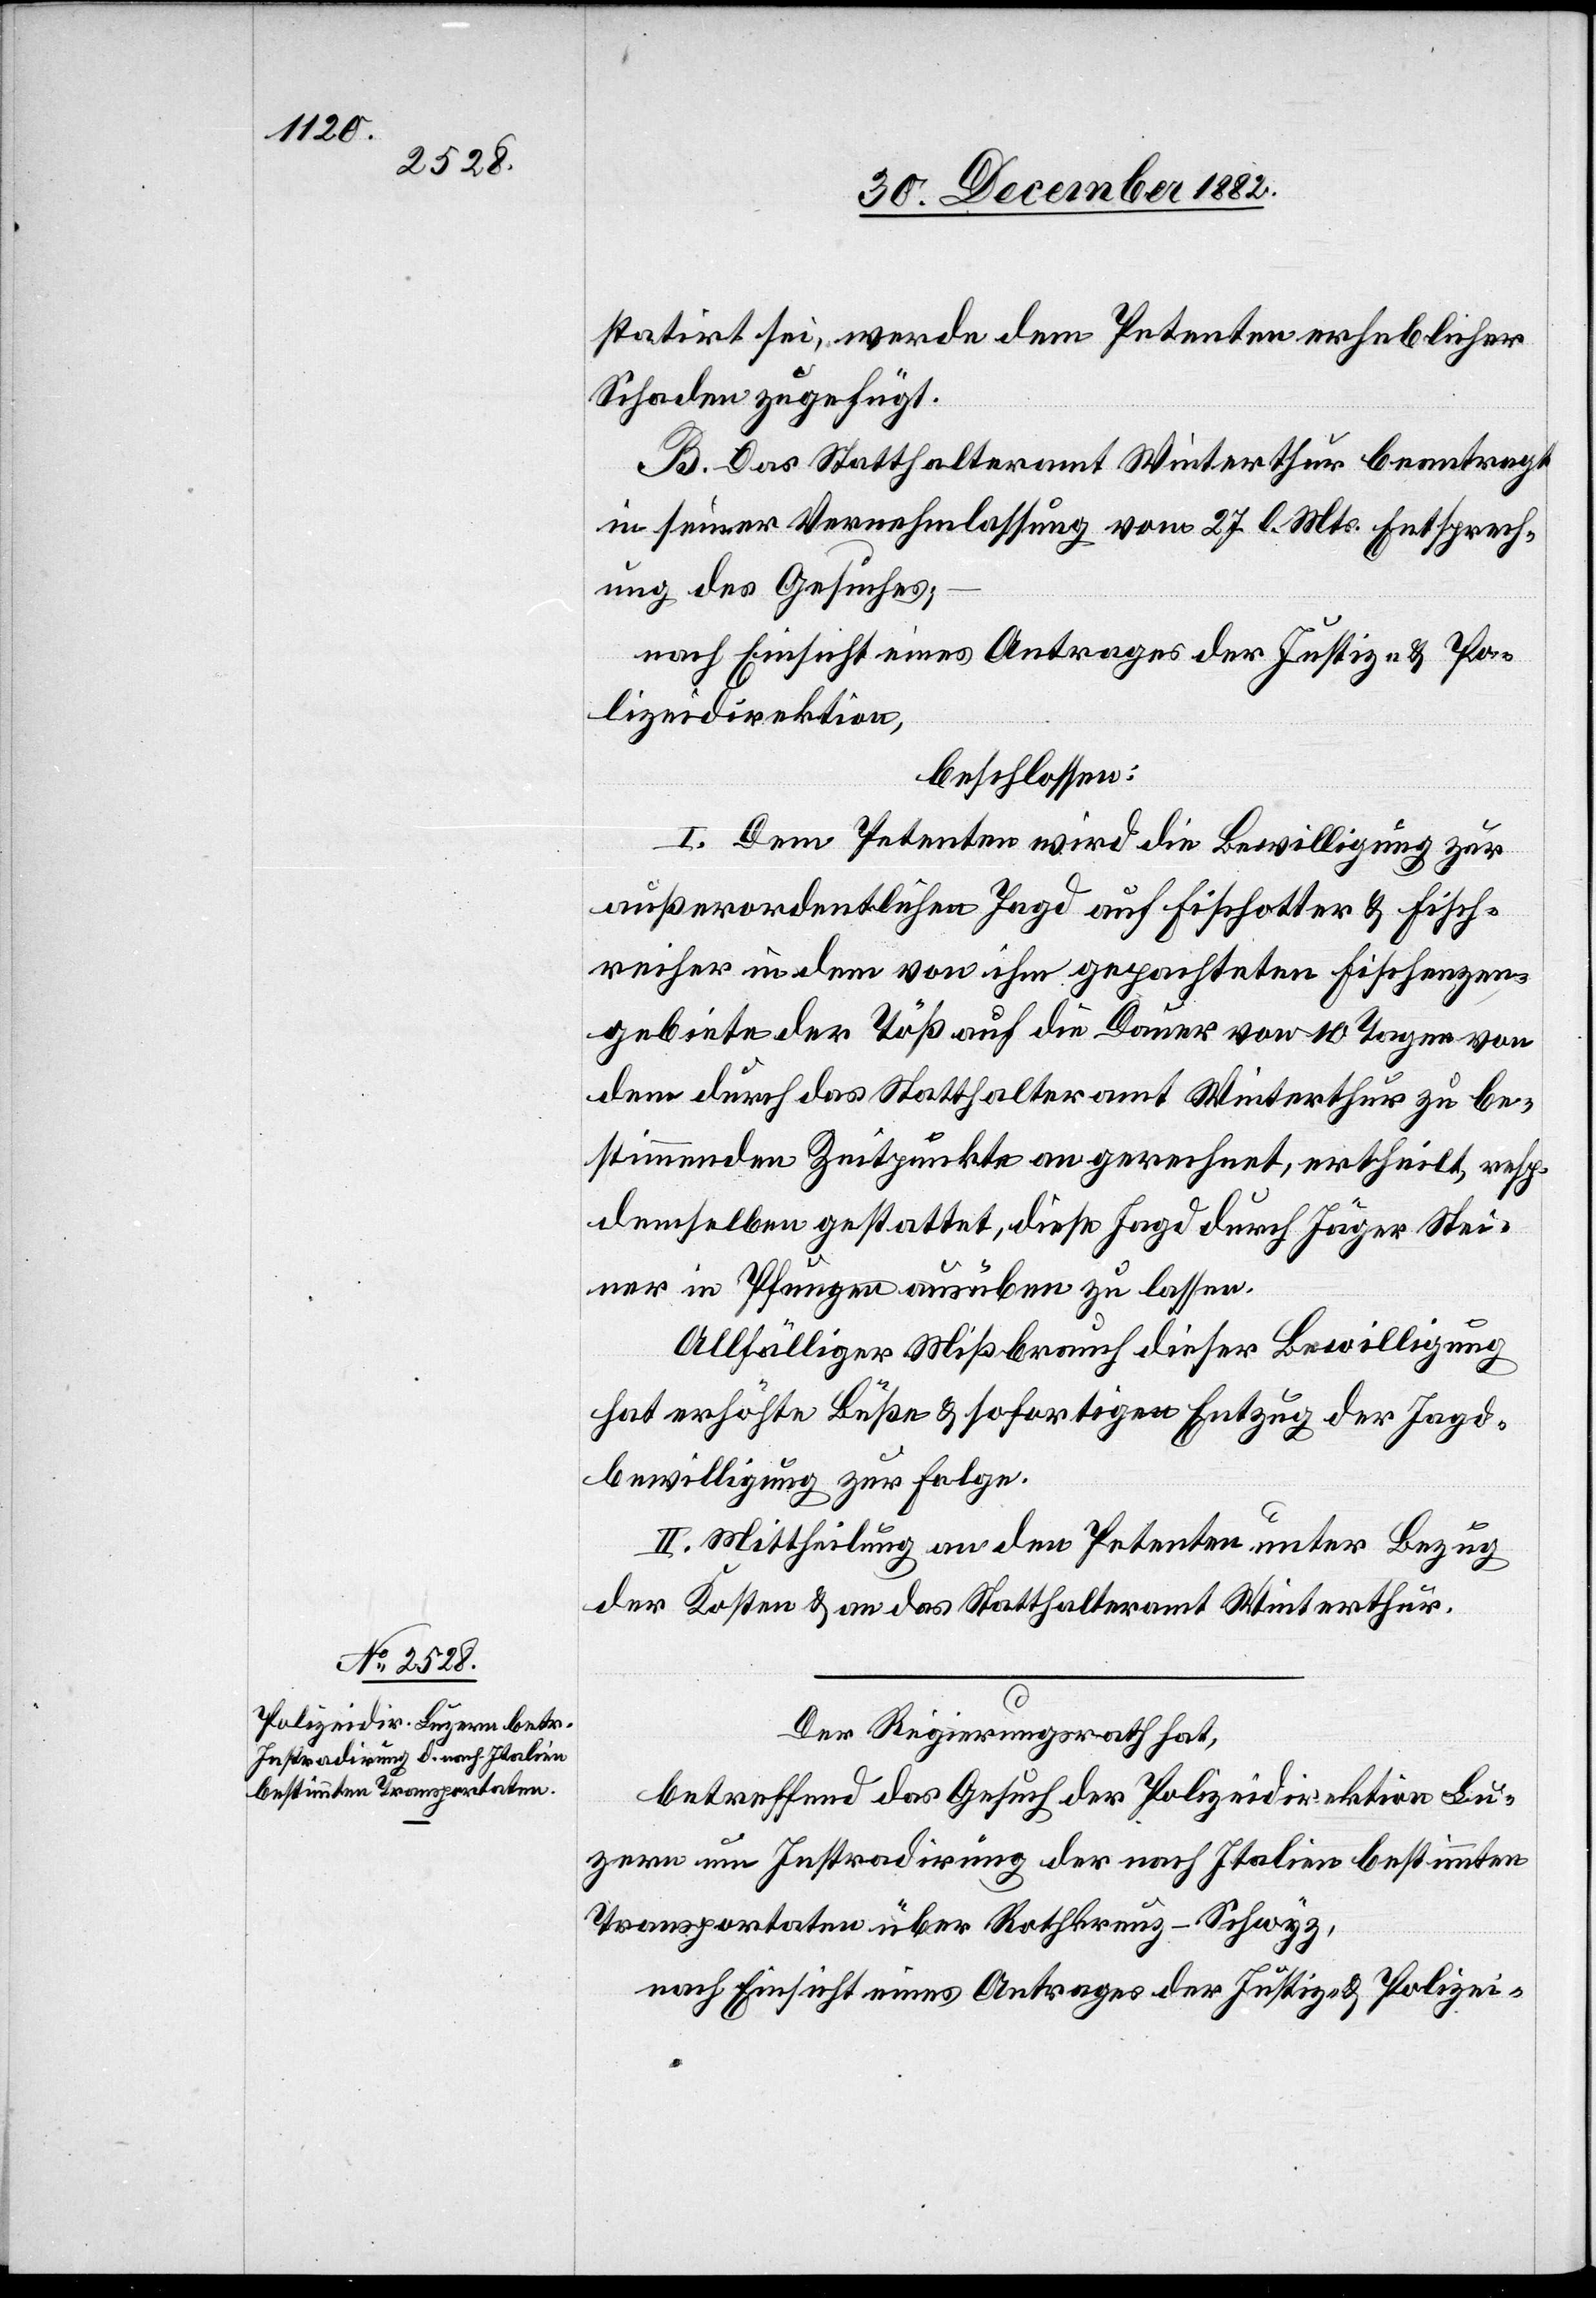
statiert sei, werden dem Petenten erheblicher
Schaden zugefügt.
B. Das Statthalteramt Winterthur beantragt
in seiner Vernehmlassung vom 27. l. Mts. Entsprech¬
ung des Gesuches;
nach Einsicht eines Antrages der Justiz- & Po¬
lizeidirektion,
beschlossen:
I. Dem Petenten wird die Bewilligung zur
außerordentlichen Jagd auf Fischotter & Fisch¬
reiher in dem von ihm gepachteten Fischenzen¬
gebiete der Töß auf die Dauer von 10 Tagen von
dem durch das Statthalteramt Winterthur zu be¬
stimmenden Zeitpunkte an gerechnet, ertheilt, resp.
demselben gestattet, diese Jagd durch Jäger Stei¬
ner in Pfungen ausüben zu lassen.
Allfälliger Mißbrauch dieser Bewilligung
hat erhöhte Buße & sofortigen Entzug der Jagd¬
bewilligung zur Folge.
II. Mittheilung an den Petenten unter Bezug
der Kosten & an das Statthalteramt Winterthur.
Der Regierungsrath hat,
betreffend das Gesuch der Polizeidirektion Lu¬
zern um Instradirung der nach Italien bestimmten
Transportaten über Rotkreuz - Schwyz,
nach Einsicht eines Antrages der Justiz- & Polizei-